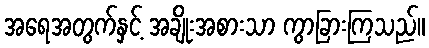
အရေအတွက်နှင့် အချိုးအစားသာ ကွာခြားကြသည်။